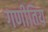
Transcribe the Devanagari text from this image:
गणीतिय